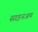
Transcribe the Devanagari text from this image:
साइनअप